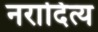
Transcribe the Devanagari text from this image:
नरादित्य